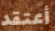
أعتقد